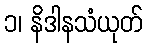
၁၊ နိဒါနသံယုတ်